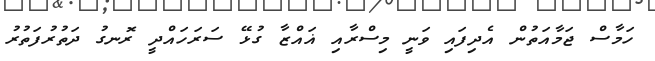
ހަމާސް ޖަމާއަތުން އެދިފައި ވަނީ މިސްރާއި ޣައްޒާ ގުޅޭ ސަރަހައްދީ ރޮނގު ދަތުރުފަތުރު